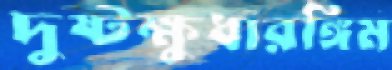
দুষ্টক্ষুধারঙ্গিম